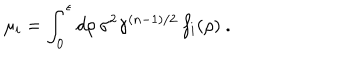
LaTeX: \mu _ { i } = \int _ { 0 } ^ { \epsilon } d \rho \, \sigma ^ { 2 } \gamma ^ { ( n - 1 ) / 2 } \, f _ { i } ( \rho ) ~ .